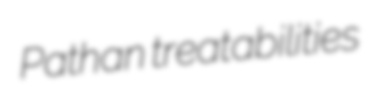
Pathan treatabilities